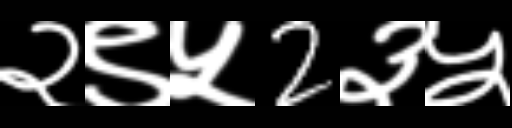
Text: २९५2३५